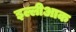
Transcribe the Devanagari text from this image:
इल्लीआक